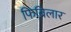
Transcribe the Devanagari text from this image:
फिब्रिलार